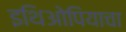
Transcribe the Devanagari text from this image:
इथिओपियाचा